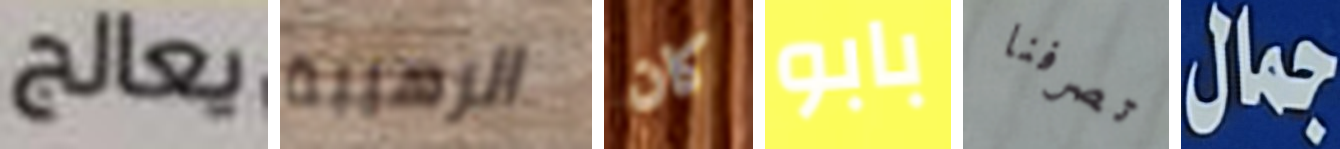
يعالج الرهيبة كان بابو تصرفنا جمال